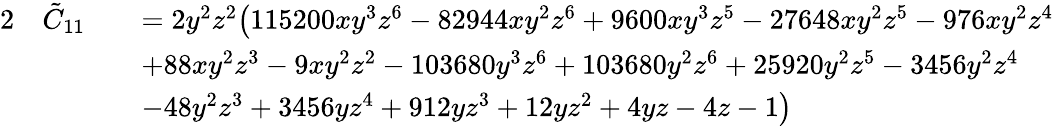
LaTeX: \begin{array}{rlrl}{{2}}&{\tilde{C}_{11}}&&{=2y^{2}z^{2}\big(115200xy^{3}z^{6}-82944xy^{2}z^{6}+9600xy^{3}z^{5}-27648xy^{2}z^{5}-976xy^{2}z^{4}}\\ &{}&&{+88xy^{2}z^{3}-9xy^{2}z^{2}-103680y^{3}z^{6}+103680y^{2}z^{6}+25920y^{2}z^{5}-3456y^{2}z^{4}}\\ &{}&&{-48y^{2}z^{3}+3456yz^{4}+912yz^{3}+12yz^{2}+4yz-4z-1\big)}\end{array}